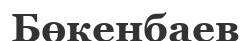
Бөкенбаев